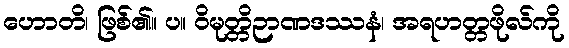
ဟောတိ၊ ဖြစ်၏။ ပ။ ဝိမုတ္တိဉာဏဒဿနံ၊ အရဟတ္တဖိုလ်ကို